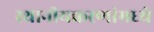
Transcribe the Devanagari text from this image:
स्थानीयकरणांमध्ये